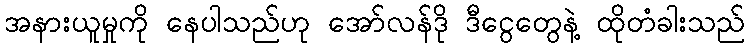
အနားယူမှုကို နေပါသည်ဟု အော်လန်ဒို ဒီငွေတွေနဲ့ ထိုတံခါးသည်